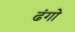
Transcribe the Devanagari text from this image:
ढंगो